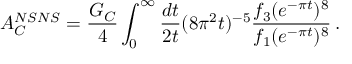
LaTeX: A _ { C } ^ { N S N S } = { \frac { G _ { C } } { 4 } } \int _ { 0 } ^ { \infty } { \frac { d t } { 2 t } } ( 8 \pi ^ { 2 } t ) ^ { - 5 } { \frac { f _ { 3 } ( e ^ { - \pi t } ) ^ { 8 } } { f _ { 1 } ( e ^ { - \pi t } ) ^ { 8 } } } \, .